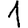
Digit: 1